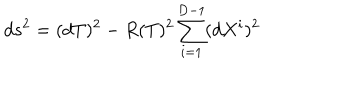
d s ^ { 2 } = ( d T ) ^ { 2 } - R ( T ) ^ { 2 } \sum _ { i = 1 } ^ { D - 1 } ( d X ^ { i } ) ^ { 2 }